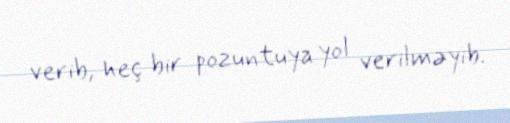
verib, heç bir pozuntuya yol verilməyib.